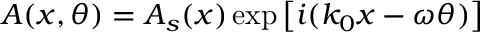
A ( x , \theta ) = A _ { s } ( x ) \exp \left[ i ( k _ { 0 } x - \omega \theta ) \right]